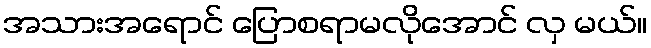
အသားအရောင် ပြောစရာမလိုအောင် လှ မယ်။